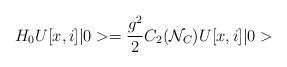
LaTeX: \begin{align*}H_0U[x,i]\vert0>={g^2\over2}C_2({\cal N}_C)U[x,i]\vert0>\end{align*}